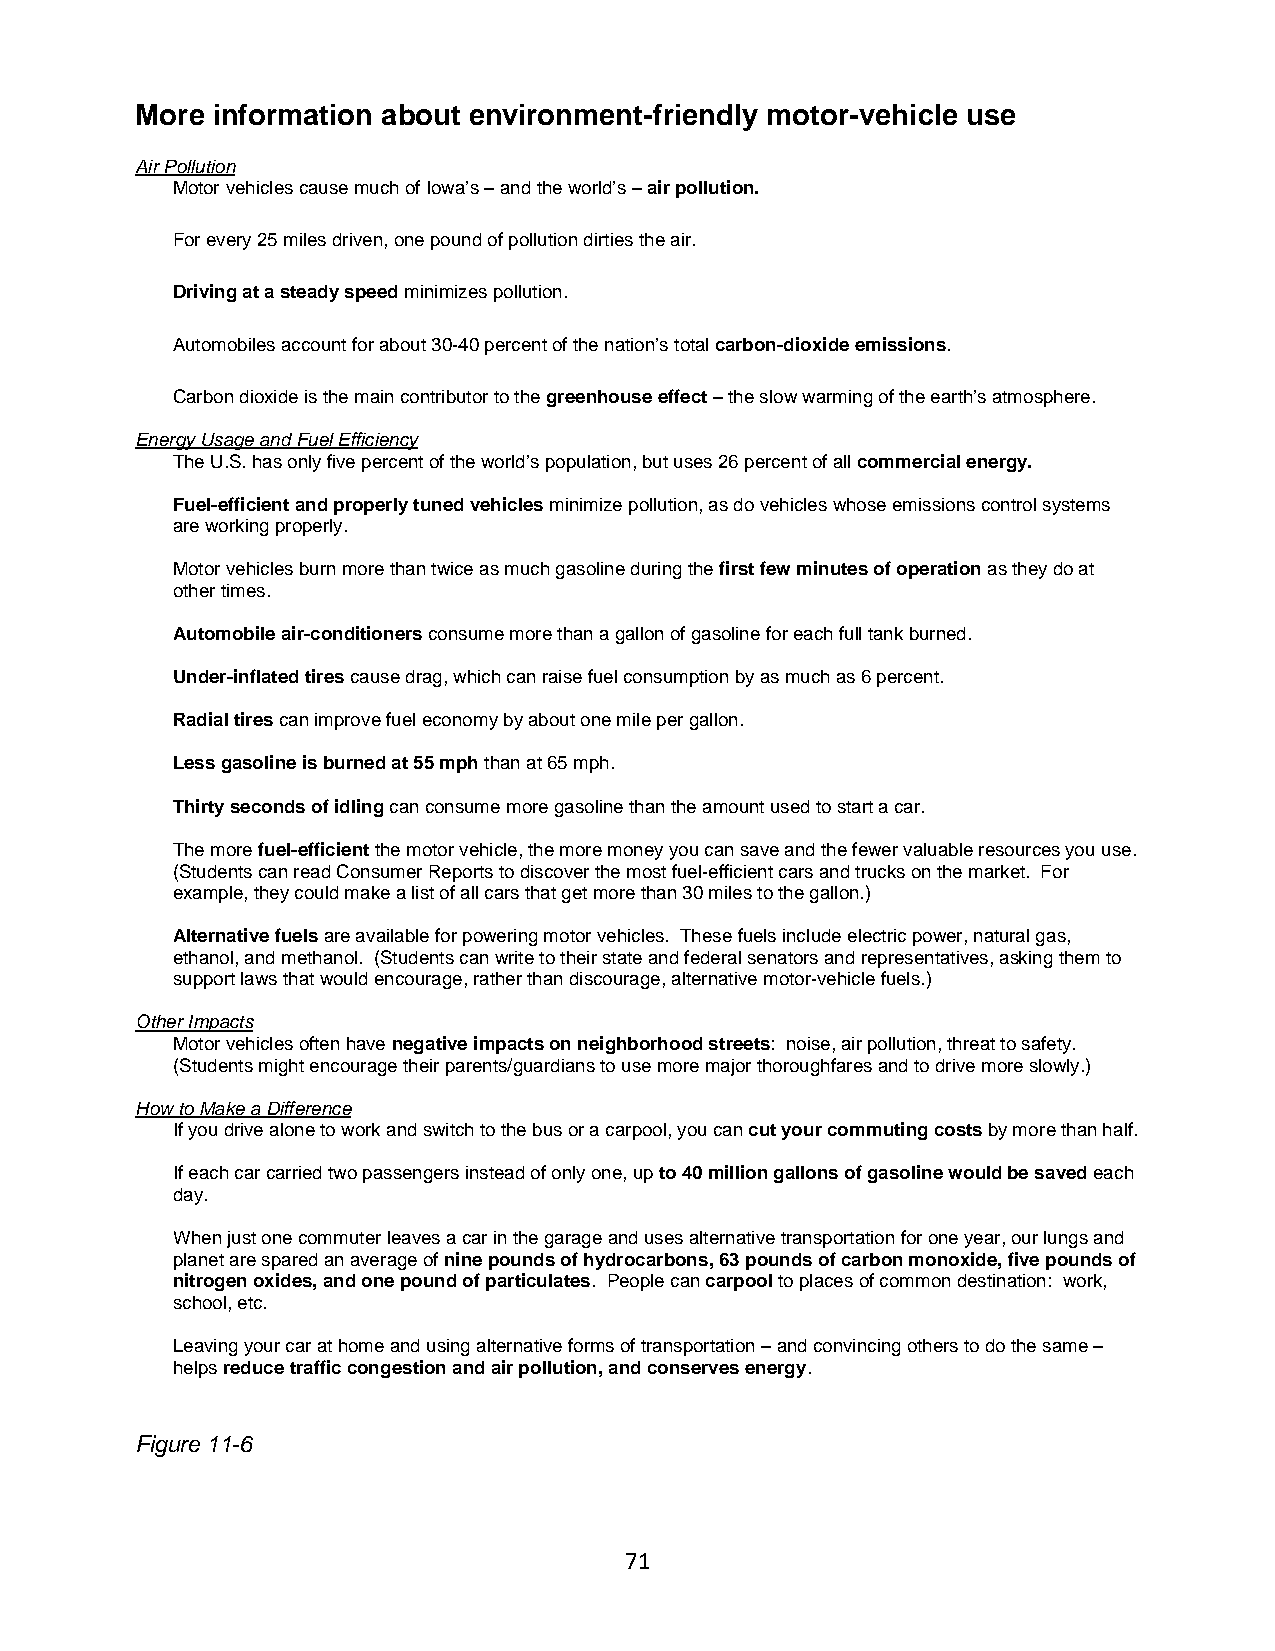
More information about environment-friendly motor-vehicle use
 Air Pollution
 Motor vehicles cause much of Iowa’s – and the world’s – air pollution.
 For every 25 miles driven, one pound of pollution dirties the air.
 Driving at a steady speed minimizes pollution.
 Automobiles account for about 30-40 percent of the nation’s total carbon-dioxide emissions.
 Carbon dioxide is the main contributor to the greenhouse effect – the slow warming of the earth’s atmosphere.
 Energy Usage and Fuel Efficiency
 The U.S. has only five percent of the world’s population, but uses 26 percent of all commercial energy.
 Fuel-efficient and properly tuned vehicles minimize pollution, as do vehicles whose emissions control systems
 are working properly.
 Motor vehicles burn more than twice as much gasoline during the first few minutes of operation as they do at
 other times.
 Automobile air-conditioners consume more than a gallon of gasoline for each full tank burned.
 Under-inflated tires cause drag, which can raise fuel consumption by as much as 6 percent.
 Radial tires can improve fuel economy by about one mile per gallon.
 Less gasoline is burned at 55 mph than at 65 mph.
 Thirty seconds of idling can consume more gasoline than the amount used to start a car.
 The more fuel-efficient the motor vehicle, the more money you can save and the fewer valuable resources you use.
 (Students can read Consumer Reports to discover the most fuel-efficient cars and trucks on the market. For
 example, they could make a list of all cars that get more than 30 miles to the gallon.)
 Alternative fuels are available for powering motor vehicles. These fuels include electric power, natural gas,
 ethanol, and methanol. (Students can write to their state and federal senators and representatives, asking them to
 support laws that would encourage, rather than discourage, alternative motor-vehicle fuels.)
 Other Impacts
 Motor vehicles often have negative impacts on neighborhood streets: noise, air pollution, threat to safety.
 (Students might encourage their parents/guardians to use more major thoroughfares and to drive more slowly.)
 How to Make a Difference
 If you drive alone to work and switch to the bus or a carpool, you can cut your commuting costs by more than half.
 If each car carried two passengers instead of only one, up to 40 million gallons of gasoline would be saved each
 day.
 When just one commuter leaves a car in the garage and uses alternative transportation for one year, our lungs and
 planet are spared an average of nine pounds of hydrocarbons, 63 pounds of carbon monoxide, five pounds of
 nitrogen oxides, and one pound of particulates. People can carpool to places of common destination: work,
 school, etc.
 Leaving your car at home and using alternative forms of transportation – and convincing others to do the same –
 helps reduce traffic congestion and air pollution, and conserves energy.
 Figure 11-6
 71